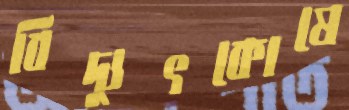
বিদ্যুৎকোষে